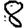
Digit: 8